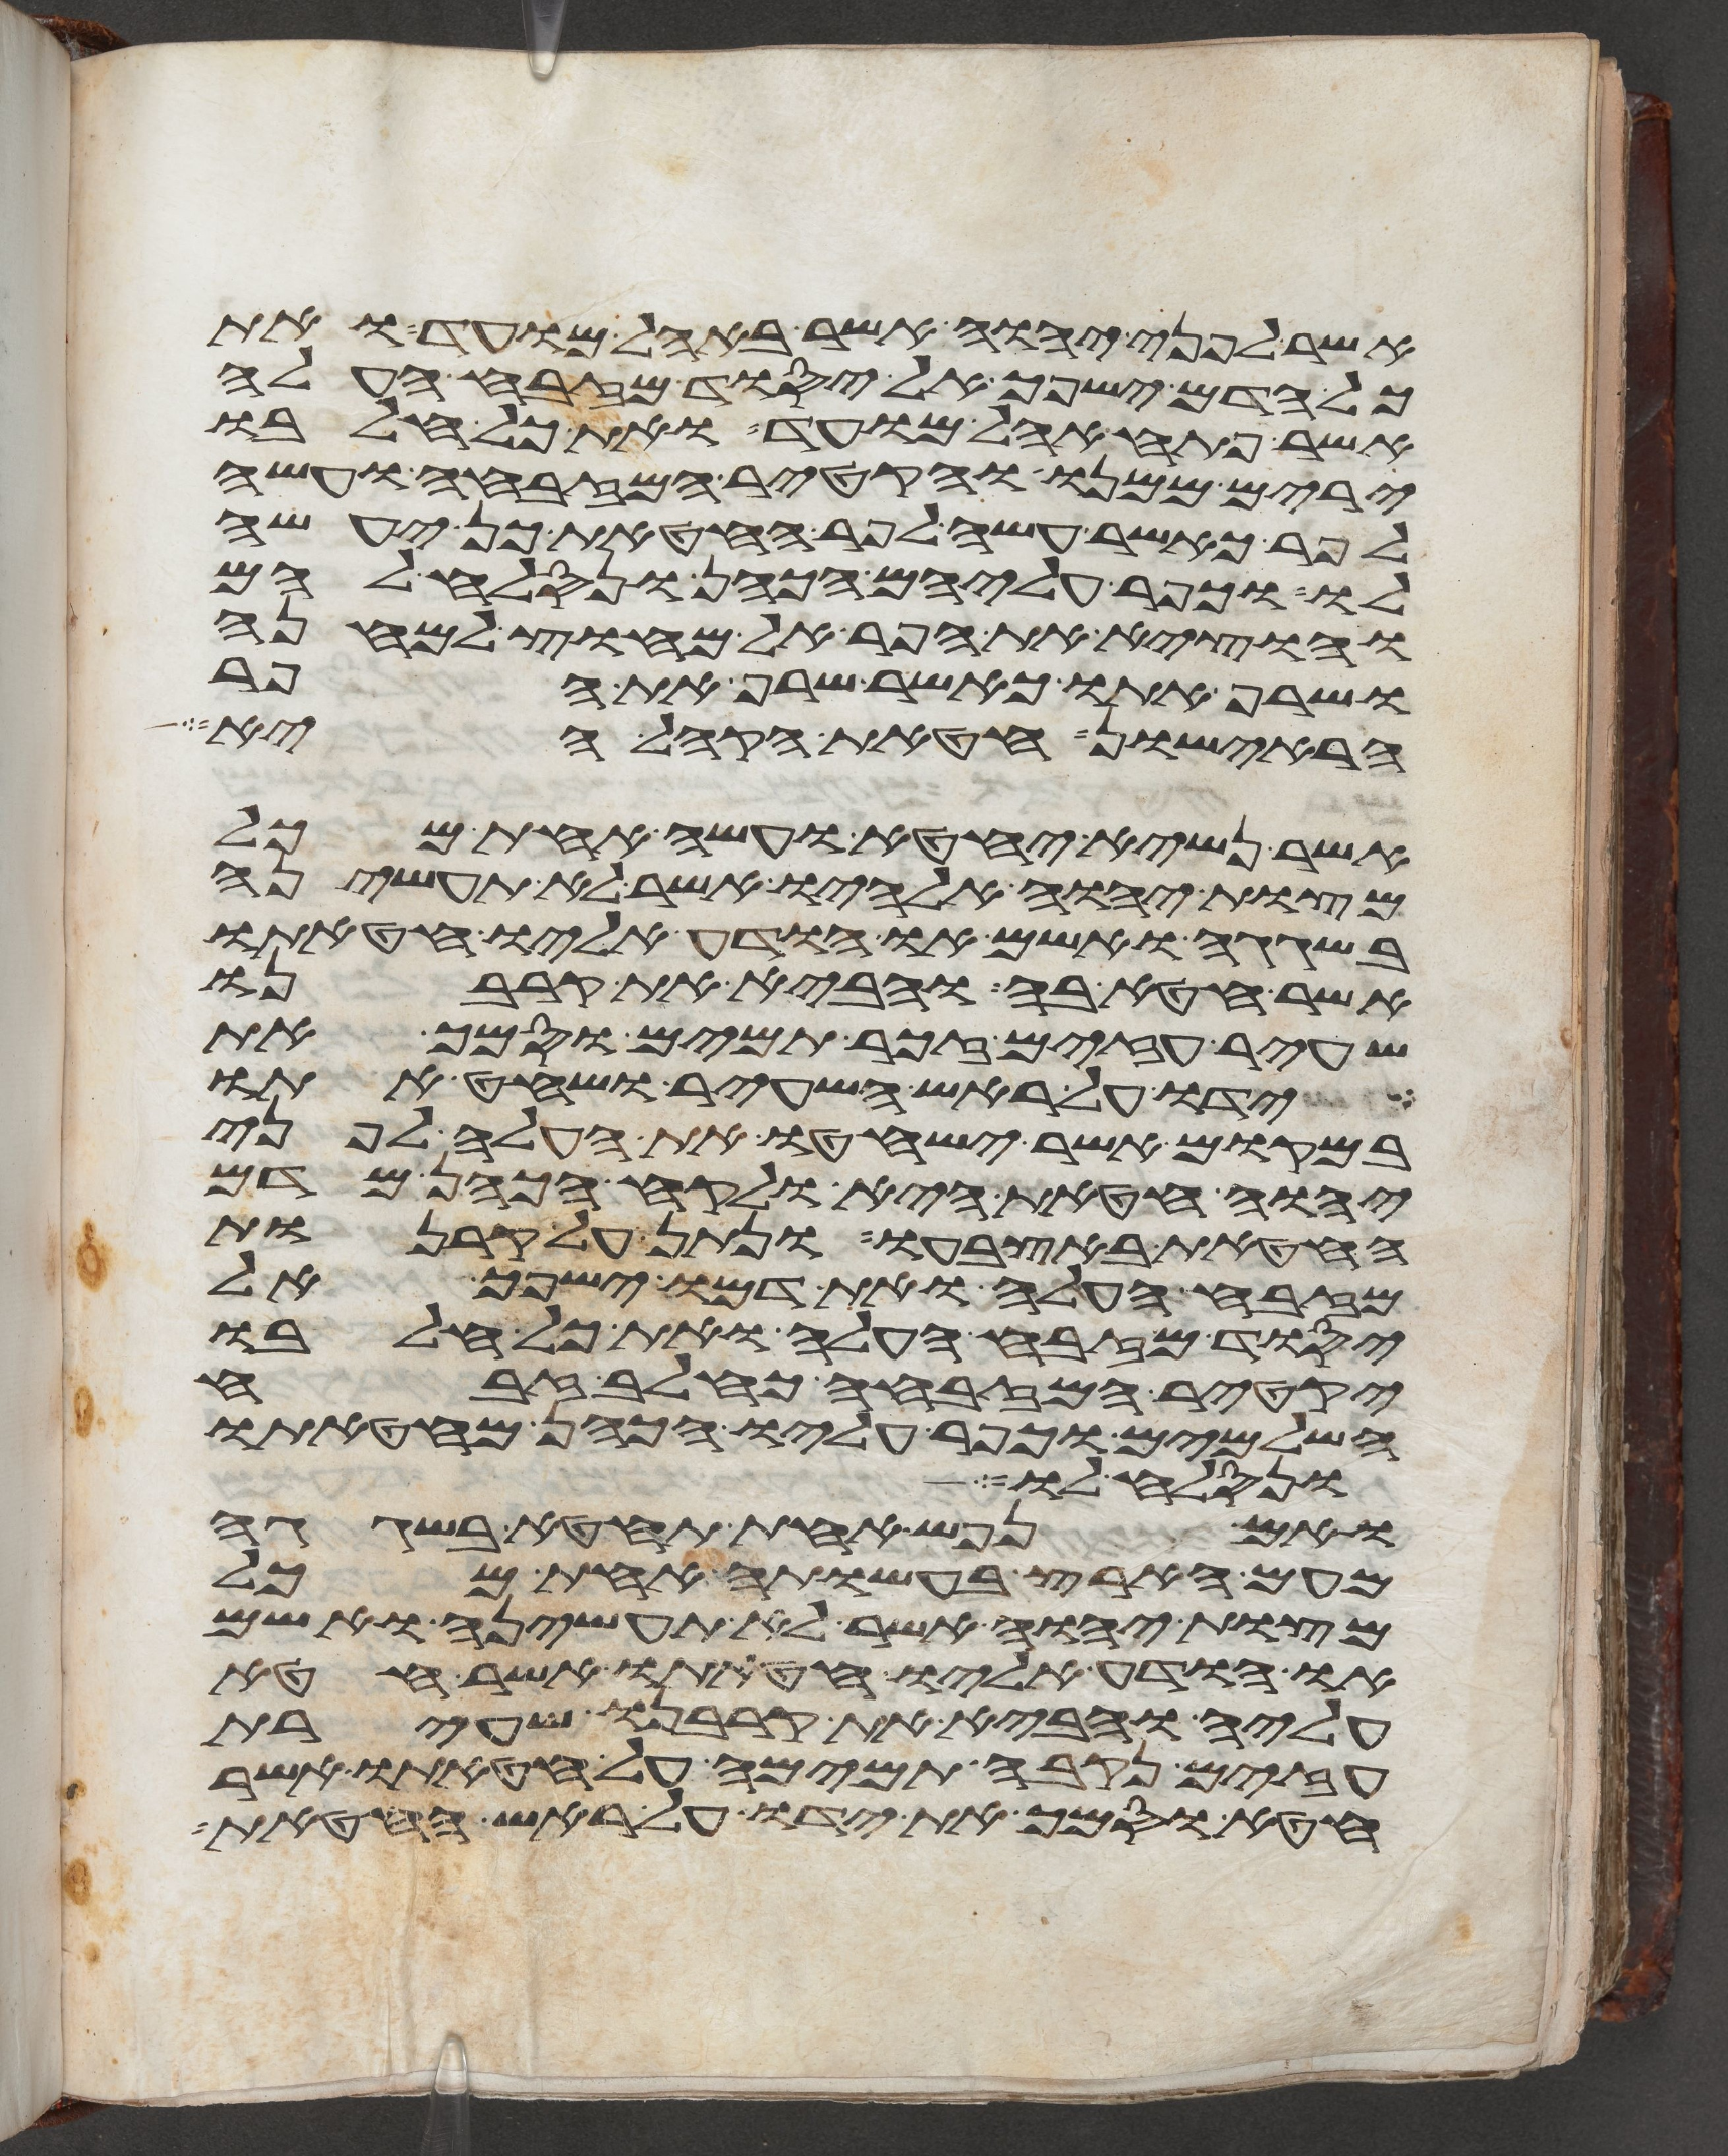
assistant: אשר לפני יהוה אשר באהל מועד ואת
כל הדם ישפך אל יסוד מזבח העלה
אשר פתח אהל מועד ואת כל חלבו
ירים ממנו והקטיר המזבחה ועשה
לפר כאשר עשה לפר החטאת כן יעשה
לו וכפר עליהם הכהן ונסלח להם
והוציא את הפר אל מחוץ למחנה
ושרף אתו כאשר שרף את הפר
הראישון חטאת הקהל היא
אשר נשיא יחטא ועשה אחת מכל
מצות יהוה אלהיו אשר לא תעשיהן
בשגגה ואשם או הודע אליו חטאתו
אשר חטא בה והביא את קרבנו
שעיר עזים זכר תמים וסמך את
ידו על ראש השעיר ושחט אתו
במקום אשר ישחטו את העלה לפני
יהוה חטאת היא ולקח הכהן מדם
החטאת באצבעו ונתן על קרנות
מזבח העלה ואת דמו ישפך אל
יסוד מזבח העלה ואת כל חלבו
יקטיר המזבחה כחלב זבח
השלמים וכפר עליו הכהן מחטאתו
ונסלח לו
ואם נפש אחת תחטא בשגגה
מעם הארץ בעשותה אחת מכל
מצות יהוה אשר לא תעשיהן ואשם
או הודע אליו חטאתו אשר חטא
עליה והביא את קרבנו שעירת
עזים נקבה תמימה על חטאתו אשר
חטא וסמך את ידו על ראש החטאת